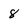
Character: 8